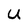
Character: U